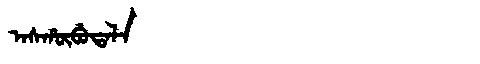
Manchu: ᠠᠰᡥᡡᠪᡠᡨᠠᠯᠠ
Romanization: ASHŪBUTALA